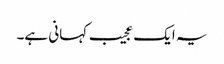
یہ ایک عجیب کہانی ہے۔